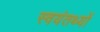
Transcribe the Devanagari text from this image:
स्वयंतथ्यों